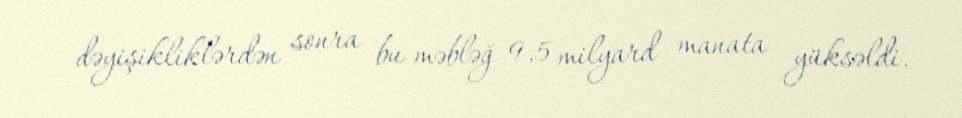
dəyişikliklərdən sonra bu məbləğ 9,5 milyard manata yüksəldi.